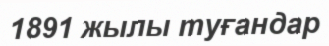
1891 жылы туғандар